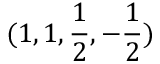
( 1 , 1 , \frac { 1 } { 2 } , - \frac { 1 } { 2 } )